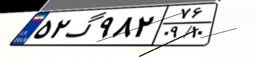
۱۴گ۹۱۵۸۹